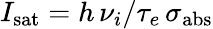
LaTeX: I_{\mathrm{sat}}=h\, \nu_{i}/\tau_{e}\, \sigma_{\mathrm{abs}}